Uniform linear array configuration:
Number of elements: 24
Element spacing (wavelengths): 0.75
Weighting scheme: blackman
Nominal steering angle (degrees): -45
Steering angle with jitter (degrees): -45.655
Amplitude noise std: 0.05
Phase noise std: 0.05

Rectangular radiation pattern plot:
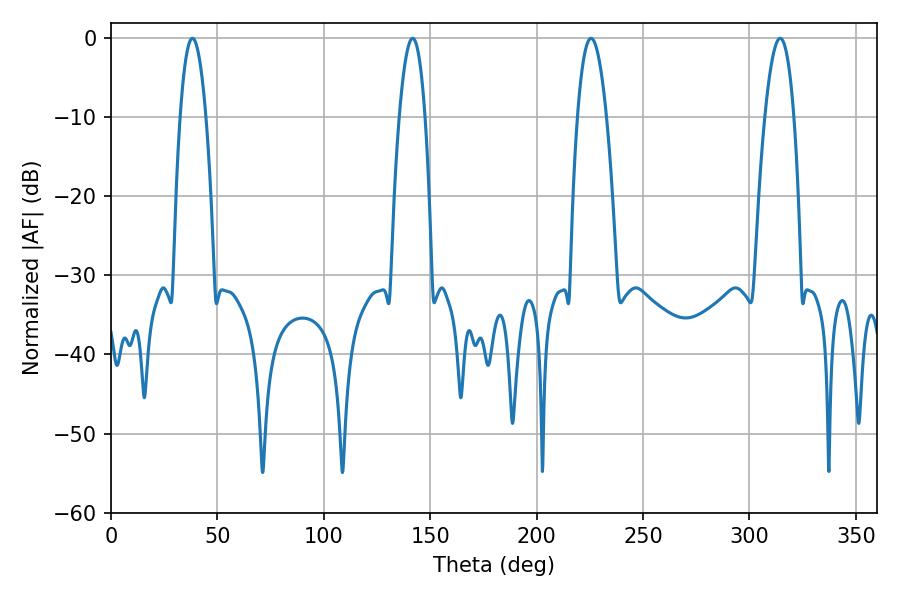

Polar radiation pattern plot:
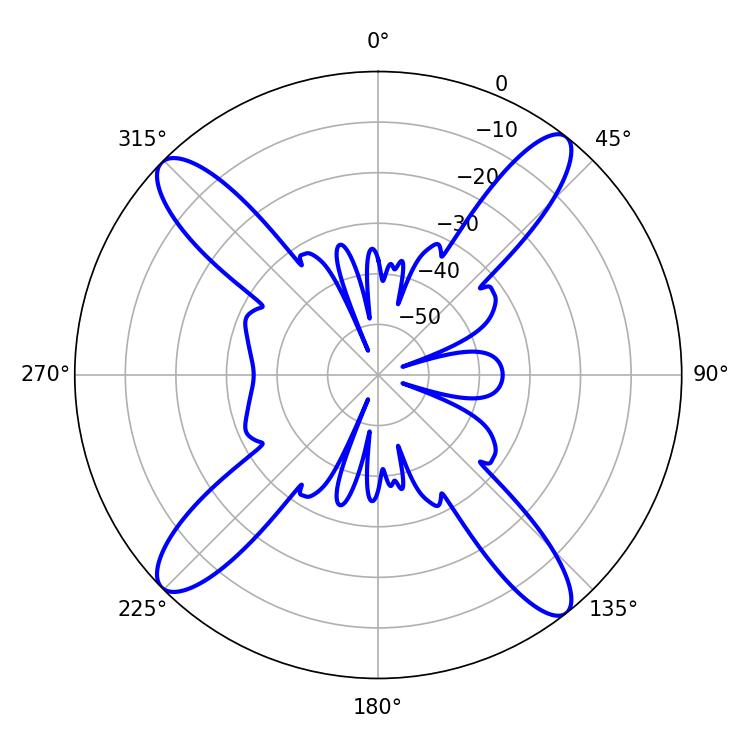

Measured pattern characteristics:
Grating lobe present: TRUE
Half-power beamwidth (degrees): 7.56
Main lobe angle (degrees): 225.54